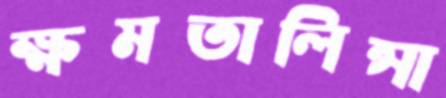
ক্ষমতালিন্সা